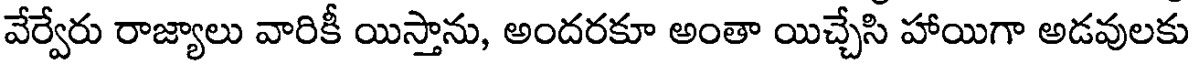
వేర్వేరు రాజ్యాలు వారికీ యిస్తాను, అందరకూ అంతా యిచ్చేసి హాయిగా అడవులకు